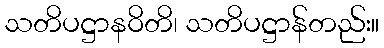
သတိပဋ္ဌာနဝိတိ၊ သတိပဋ္ဌာန်တည်း။